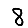
Digit: 8